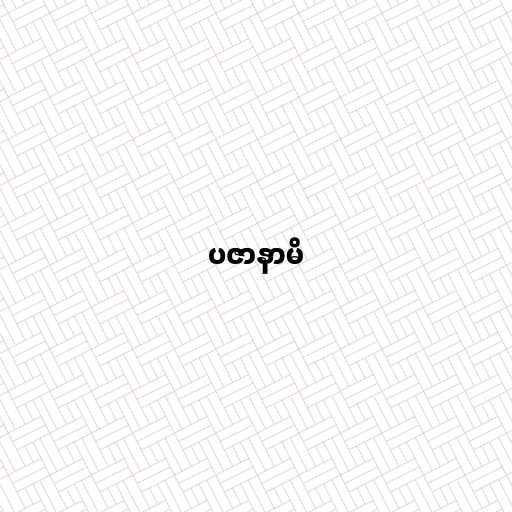
ပဇာနာမိ